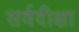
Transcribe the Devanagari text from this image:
सर्वदीक्षा